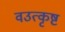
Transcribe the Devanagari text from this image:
वउत्कृष्ट